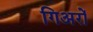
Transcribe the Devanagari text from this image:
गिअरों